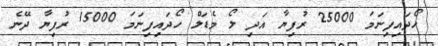
ހޯދައިފިނަމަ 25000 ރުފިޔާ އަދި ލޯ މެޑަލް ހޯދައިފިނަމަ 15000 ރުފިޔާ ދޭނެ